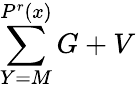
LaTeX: \sum\limits_{Y=M}^{P^{r}(x)}G+V